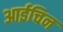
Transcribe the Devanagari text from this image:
आईचिन